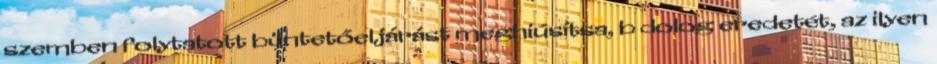
szemben folytatott büntetőeljárást meghiúsítsa, b dolog eredetét, az ilyen